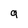
Character: g